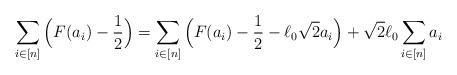
LaTeX: \begin{align*} \sum_{i\in[n]} \Big(F(a_i) - \frac{1}{2} \Big) = \sum_{i\in[n]} \Big( F(a_i) - \frac{1}{2} - \ell_0 \sqrt{2} a_i \Big) + \sqrt{2} \ell_0 \sum_{i\in[n]} a_i \end{align*}